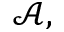
\mathcal { A } ,